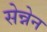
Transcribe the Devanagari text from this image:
सेन्नेन